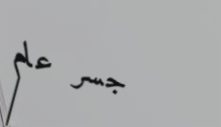
جسر عام